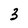
Character: 3